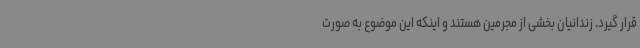
قرار گیرد. زندانیان بخشی از مجرمین هستند و اینکه این موضوع به صورت